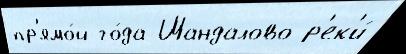
пр'ямо́й го́да Шандалово р'ек'и́